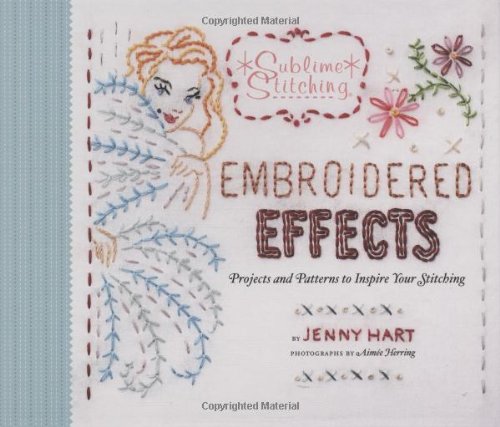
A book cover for Embroidered Effects: Projects and Patterns to Inspire Your Stitching (Sublime Stitching); Jenny Hart; Crafts, Hobbies & Home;